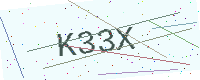
Text: K33X